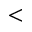
<